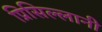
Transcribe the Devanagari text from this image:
प्रिसिल्लानी